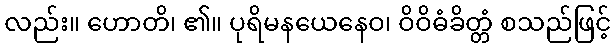
လည်း။ ဟောတိ၊ ၏။ ပုရိမနယေနေဝ၊ ဝိဝိဓံခိတ္တံ စသည်ဖြင့်